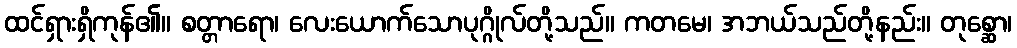
ထင်ရှားရှိကုန်၏။ စတ္တာရော၊ လေးယောက်သောပုဂ္ဂိုလ်တို့သည်။ ကတမေ၊ အဘယ်သည်တို့နည်း။ တုစ္ဆော၊